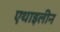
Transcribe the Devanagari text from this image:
एथाइलीन